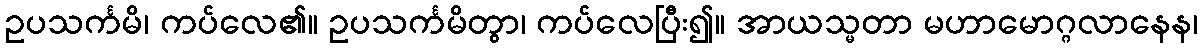
ဥပသင်္ကမိ၊ ကပ်လေ၏။ ဥပသင်္ကမိတွာ၊ ကပ်လေပြီး၍။ အာယသ္မတာ မဟာမောဂ္ဂလာနေန၊